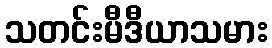
သတင်းမီဒီယာသမား